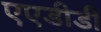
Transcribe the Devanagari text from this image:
एएडीडी